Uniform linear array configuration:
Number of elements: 64
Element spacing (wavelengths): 1
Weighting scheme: binomial
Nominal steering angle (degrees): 0
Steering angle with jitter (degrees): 0.09489
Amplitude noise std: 0.05
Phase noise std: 0.05

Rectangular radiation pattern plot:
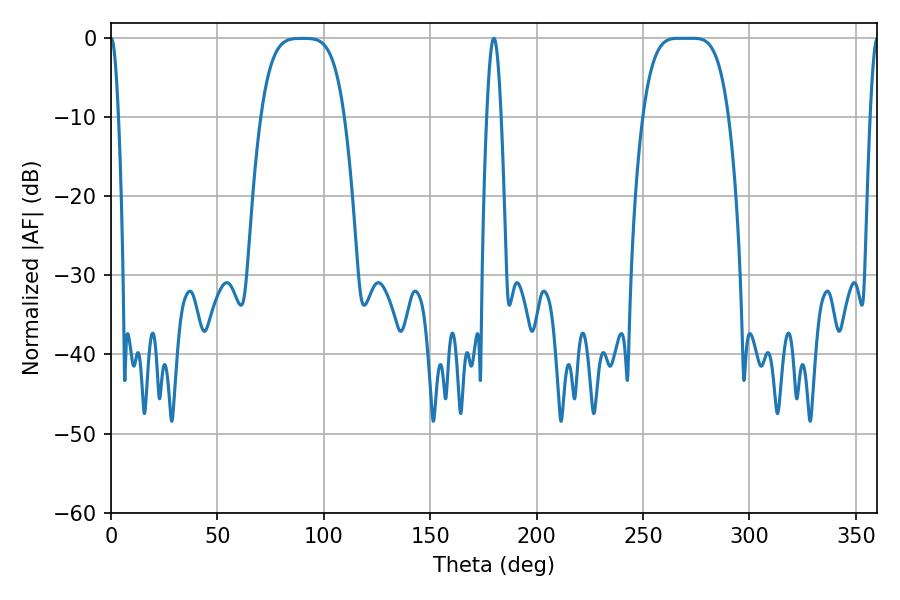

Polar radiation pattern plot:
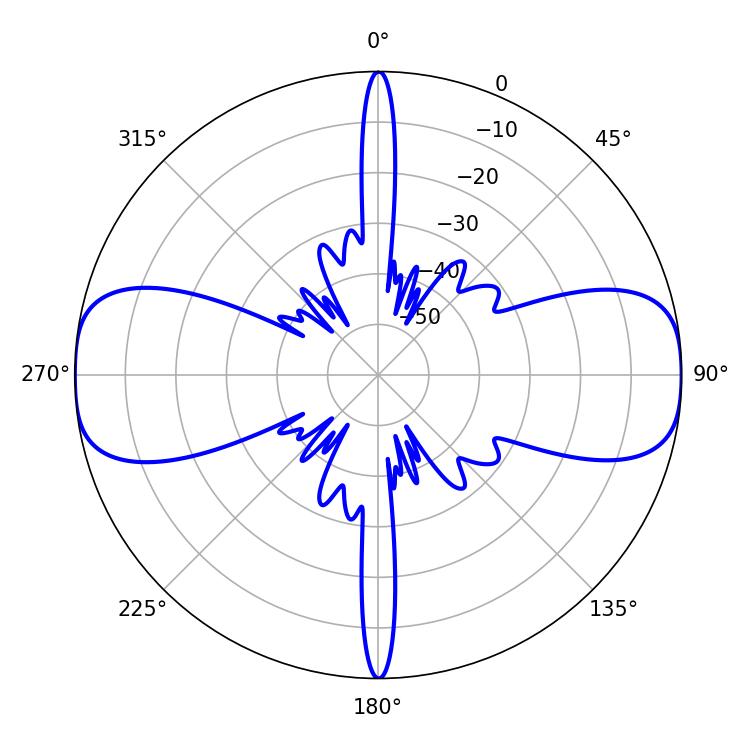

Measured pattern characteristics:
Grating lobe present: TRUE
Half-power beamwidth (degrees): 30.24
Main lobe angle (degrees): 266.58